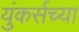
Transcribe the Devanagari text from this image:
युंकर्सच्या